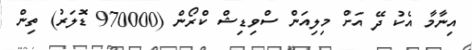
އިނާމާ އެކު ދޭ އަށް މިލިއަން ސްވިޑިޝް ކްރޯން (970000 ޑޮލަރު) ތިން